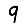
Digit: 9